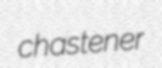
chastener